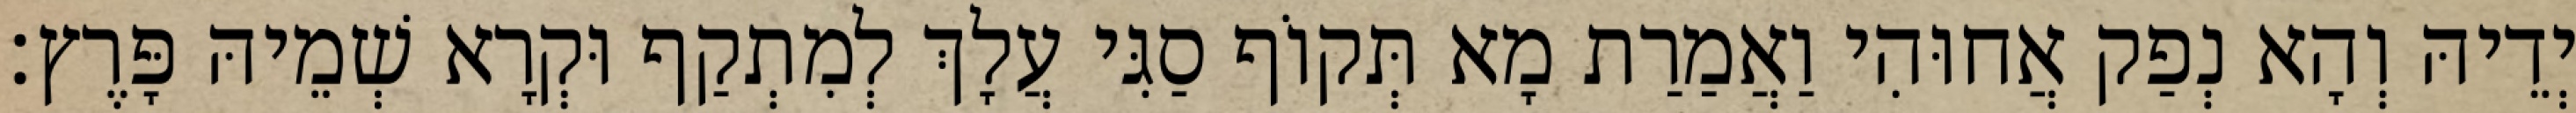
יְדֵיהּ וְהָא נְפַק אֲחוּהִי וַאֲמַרַת מָא תְּקוֹף סַגִּי עֲלָךְ לְמִתְקַף וּקְרָא שְׁמֵיהּ פָּרֶץ׃